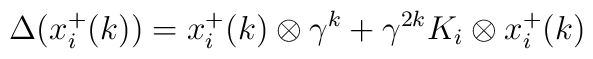
\Delta (x^+_i(k))          = x^+_i(k) \otimes \gamma^k + \gamma^{2k} K_i \otimes x^+_i(k)